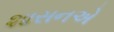
શાસનએ